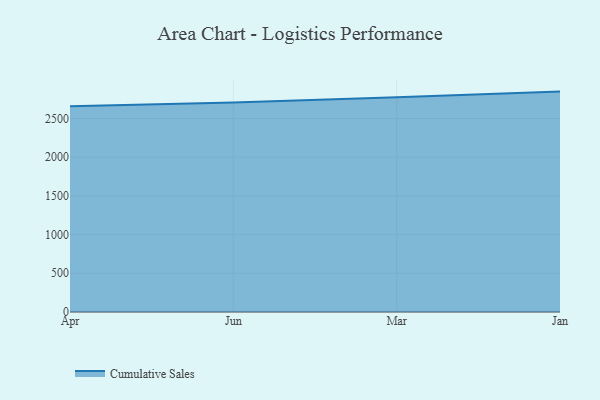
{"axis": {"x": "Month", "y": "Humidity (%)"}, "legend": ["Cumulative Sales"], "data": [{"x": "Apr", "y": 2658.6, "type": "Cumulative Sales"}, {"x": "Jun", "y": 2706.3, "type": "Cumulative Sales"}, {"x": "Mar", "y": 2775.5, "type": "Cumulative Sales"}, {"x": "Jan", "y": 2847.1, "type": "Cumulative Sales"}]}